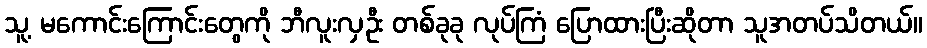
သူ့ မကောင်းကြောင်းတွေကို ဘီလူးလှဦး တစ်ခုခု လုပ်ကြံ ပြောထားပြီးဆိုတာ သူအတပ်သိတယ်။